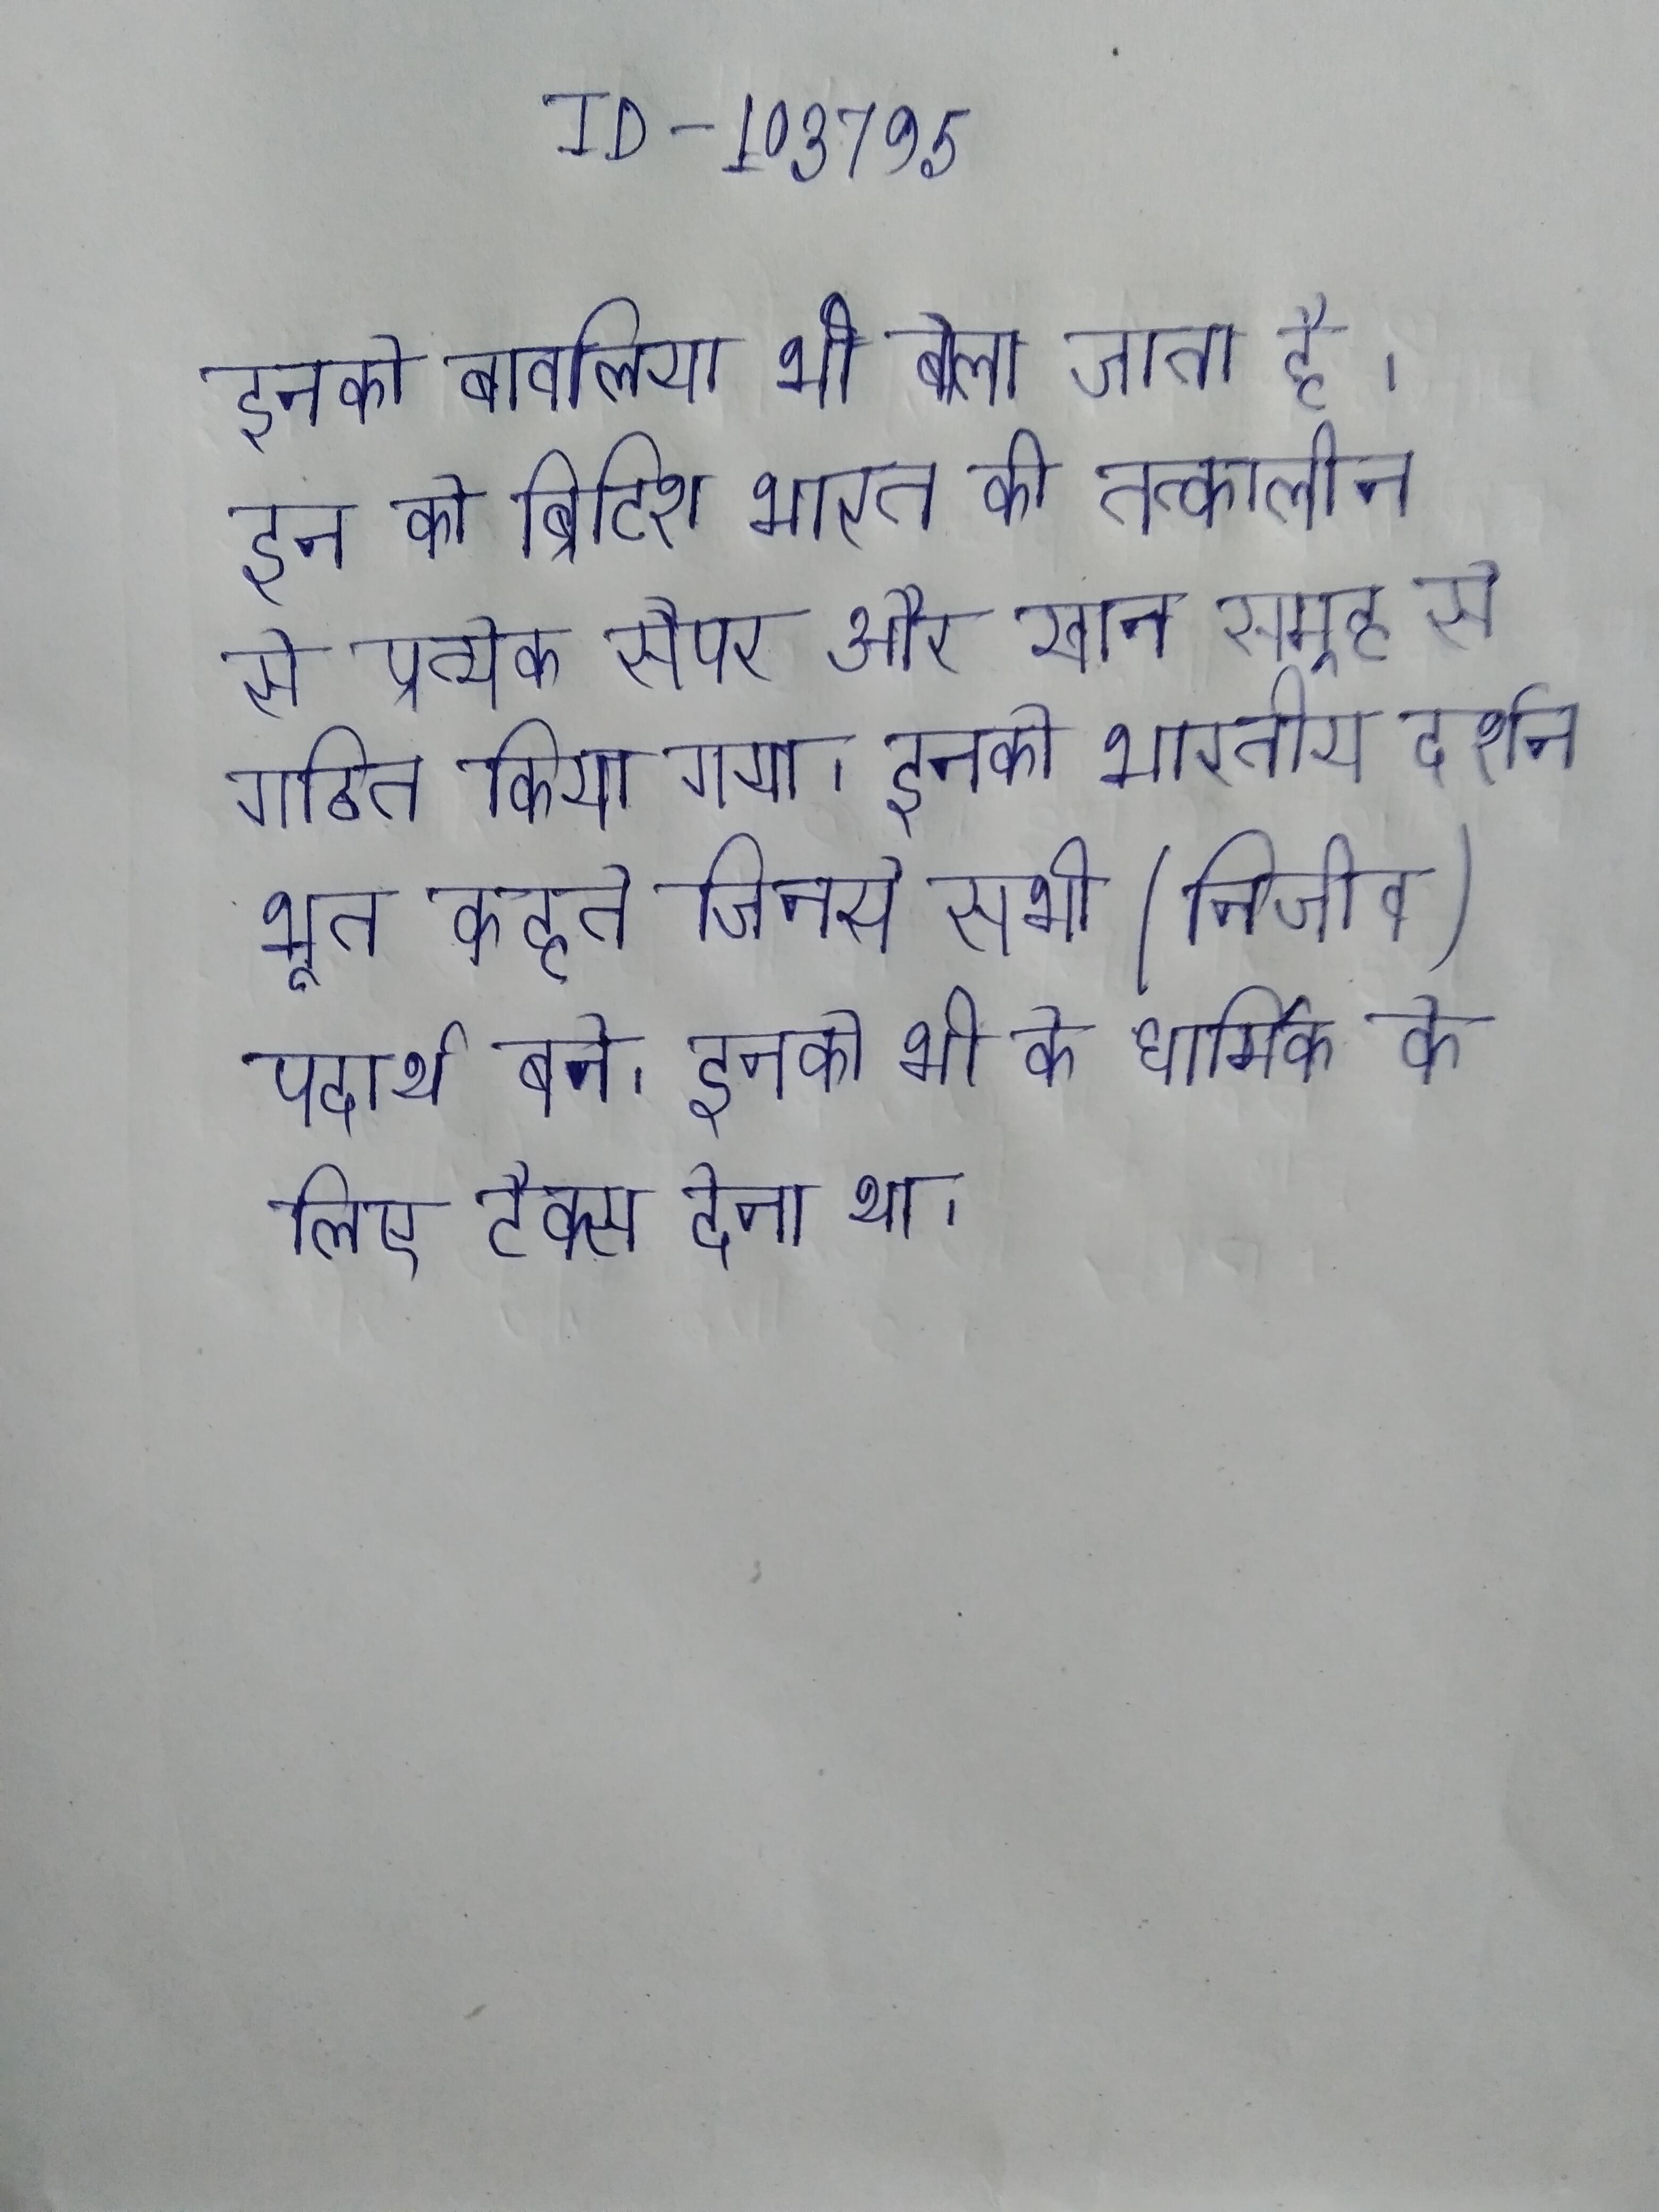
इनको बावलिया भी बोला जाता है । इन को ब्रिटिश भारत की तत्कालीन से प्रत्येक सैपर और खान समूह से गठित किया गया । इनको भारतीय दर्शन भूत कहते जिनसे सभी (निर्जीव) पदार्थ बने । इनको भी के धार्मिक के लिए टैक्स देना था ।